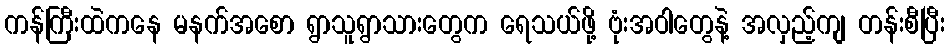
ကန်ကြီးထဲကနေ မနက်အစော ရွာသူရွာသားတွေက ရေသယ်ဖို့ ဗုံးအဝါတွေနဲ့ အလှည့်ကျ တန်းစီပြီး